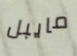
مايبل